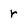
Character: r